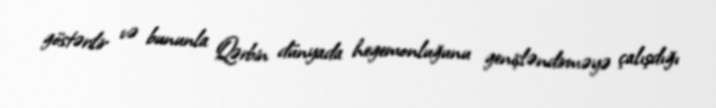
göstərilir və bununla Qərbin dünyada hegemonluğunu genişləndirməyə çalışdığı